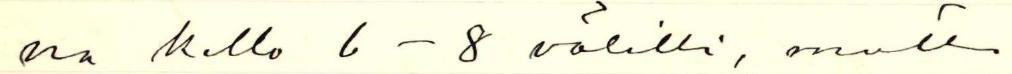
na kello 6-8 välillä, mutta